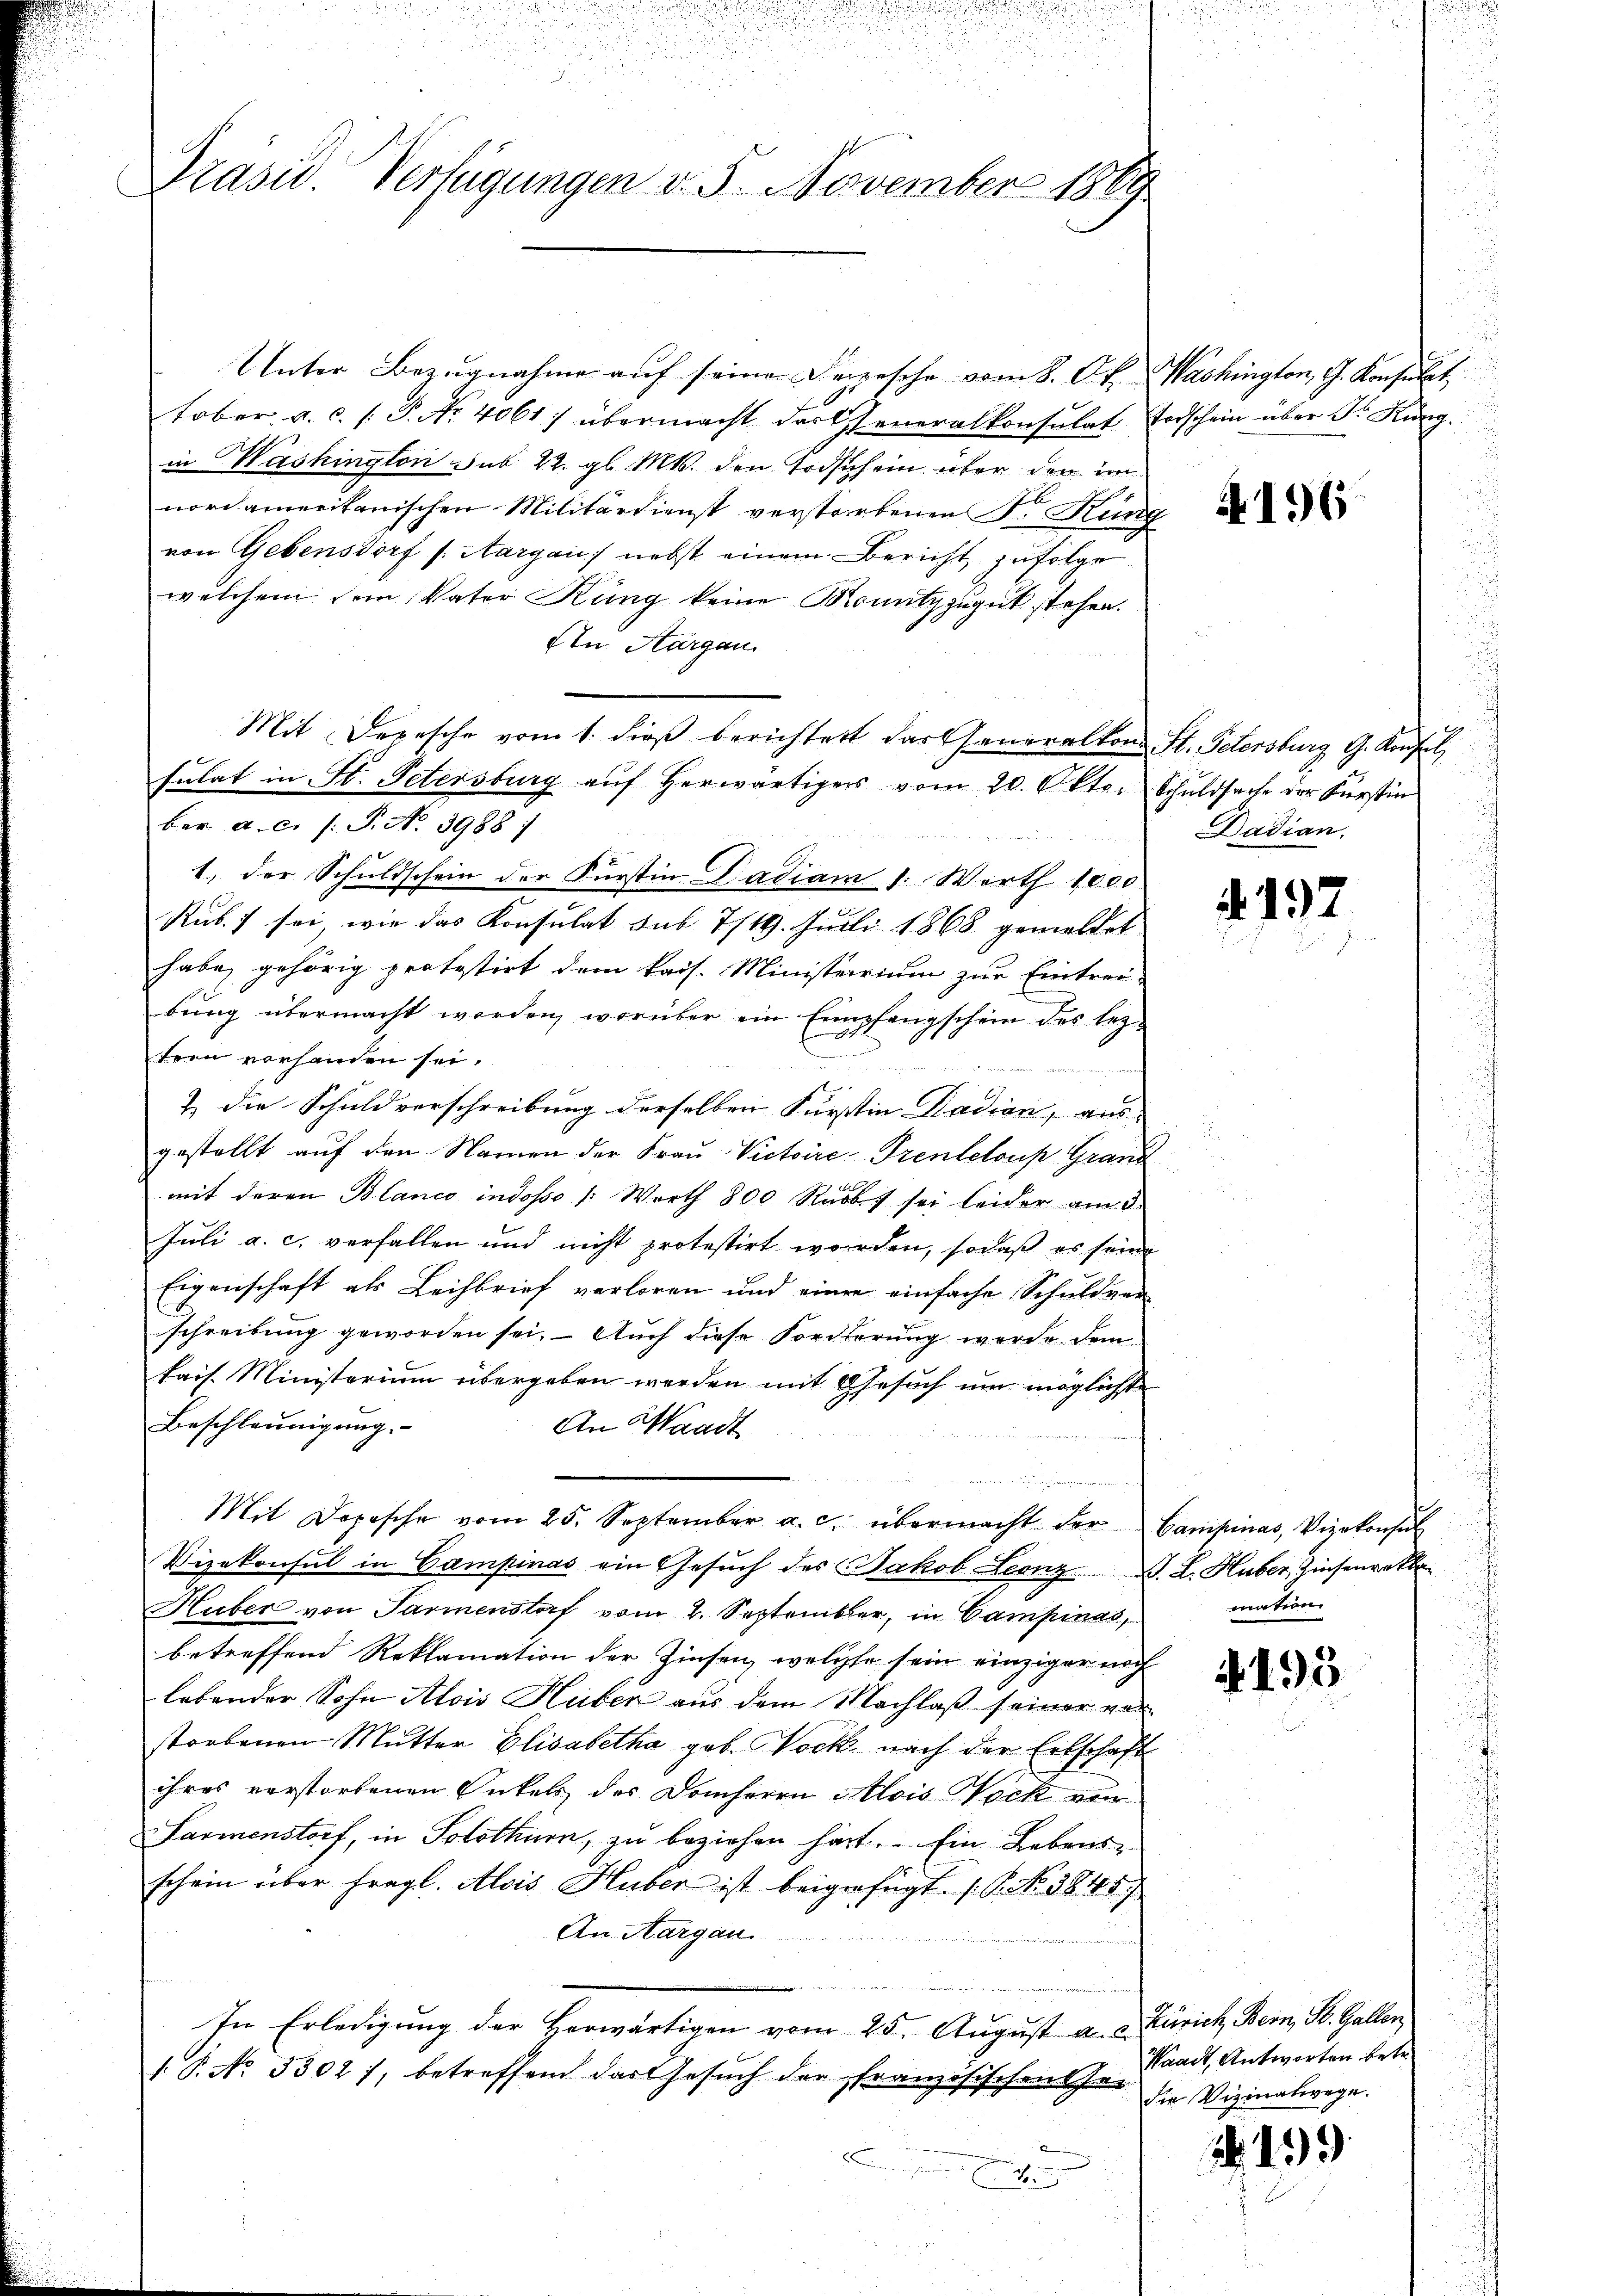
Präsid. Verfügungen v. 5. November 1889

Unter Bezugnahme auf seine Depesche vom 8. Okt. Washington, G. Konsulat
tober a.c. (: P. Nr. 4061) übermacht das Generalkonsulat Todschein über Sr. Kung.
in Washington sub 22. gl. Mts. den Todschein über den im
nordamerikanischen Militärdienst verstorbenen Fr. Rung
von Gebensdorf s. Aargau) nebst einem Bericht zufolge
welchem sein Vater Küng keine Konntzzugut stehen.
AIn Aargau.
Mit Depesche vom 1. dieß berichtert das Generalton St. Petersburg G. Konsul
sŭlat in St. Petersburg aŭf herwärtigers vom 20. Oktor Schuldsache der Fürstin
ber a.c. s. S. No. 3988
1., der Schuldschein der Fürstin Dadiam 1. Werth 1000
Rub.) sei, wie das Konsulat sub 7/19. Juli 1868 gemeldet
habe, gehörig protestirt dem kais. Ministerrium zur Eintrei-
bŭng übermacht worden, worüber ein Empfangschein des lezteen vorhanden sei.
e
t
& die Schuldverschreibung derselben Fürstin Dadian, aus
gestellt auf den Namen der Frau Victoire Prenteloup Grand
mit deren Blanco indosso /: Werth 800 Rabbet sei leider auc
Juli a. c. verfallen und nicht protestirt worden, sodaß es seine
Eigenschaft als Leihbrief verloren und einer einfache Schuldver
schreibung geworden sei. Auch diese Forderung wurde dem
kais. Ministerium übergeben werden mit Gesuch um möglicht
Beschleunigung.
An Waadt
n
Mit Depesche vom 25. September a. c. übermacht der Campinas, Vizekonsŭl
Vizekonsul in Campinas ein Gesuch des Jakob Leonz S. L. Huber, Zinsenrekla
Huber von Parmenstorf vom 2. September, in Campinas,
betreffend Reklamation der Zinsen, welche sein einziger noch
lebender Sohn Alois Huben aus dem Nachlaß seiner ver
storbenen Mutter Elisabetha geb. Noch nach der Entschaft
ihres verstorfenen Enkels des Domherrn Alois Nock von
Sarmenstorf, in Solothurn, zu beziehen hart. Ein Lebensschein über fragl. Alois Huber ist beigefügt (C. No. 38457
An Aargau.
m
In Erledigung der Horwärtigen vom 25. August a. a. Zürich Bern, St. Gallen
1.P. No. 3302), betreffend das Gesuch der französischen Ge-
e
.
.

A196

Dadian.

A. 192

mation

i 195

Waadt, Antworten betr.
die Vizinalwage.

No. 19